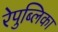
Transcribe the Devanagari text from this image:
रेपुब्लिका